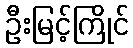
ဦးမြင့်ကြိုင်